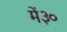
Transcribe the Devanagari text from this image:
में३०